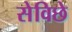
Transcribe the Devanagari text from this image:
सेविछे